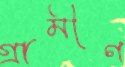
গ্রামীণ